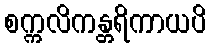
စက္ကလိကန္တရိကာယပိ